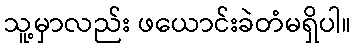
သူ့မှာလည်း ဖယောင်းခဲတံမရှိပါ။